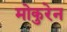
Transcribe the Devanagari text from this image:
मोकुरेन